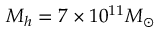
M _ { h } = 7 \times 1 0 ^ { 1 1 } M _ { \odot }